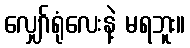
လျှော်ရုံလေးနဲ့ မရဘူး။